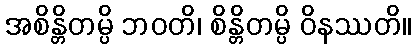
အစိန္တိတမ္ပိ ဘဝတိ၊ စိန္တိတမ္ပိ ဝိနဿတိ။